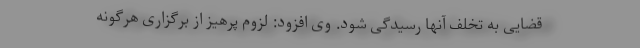
قضایی به تخلف آنها رسیدگی شود. وی افزود: لزوم پرهیز از برگزاری هرگونه